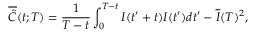
\overline { { \hat { C } } } ( t ; T ) = \frac { 1 } { T - t } \int _ { 0 } ^ { T - t } I ( t ^ { \prime } + t ) I ( t ^ { \prime } ) d t ^ { \prime } - \overline { { I } } ( T ) ^ { 2 } ,